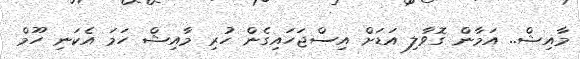
މާއިޝް.. އަމާން ގޮވާލި އަޑަށް އިސްޖަހައިގެން ހުރި މާއިޝް ހަމަ އެކަނި ހޫމް